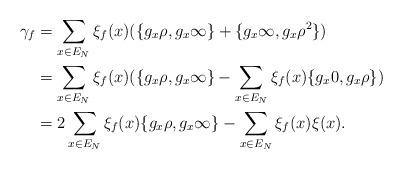
LaTeX: \begin{align*}\gamma_f & = \sum_{x \in E_N} \xi_f(x) (\{g_x \rho, g_x \infty\}+ \{g_x \infty, g_x \rho^2\})\\& = \sum_{x \in E_N} \xi_f(x) (\{g_x \rho, g_x \infty\} - \sum_{x \in E_N} \xi_f(x) \{g_x 0, g_x \rho\})\\& = 2 \sum_{x \in E_N} \xi_f(x) \{g_x \rho, g_x \infty\} - \sum_{x \in E_N} \xi_f(x) \xi(x).\end{align*}